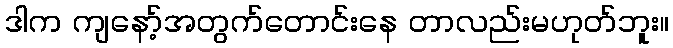
ဒါက ကျနော့်အတွက်တောင်းနေ တာလည်းမဟုတ်ဘူး။